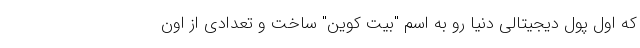
که اول پول دیجیتالی دنیا رو به اسم "بیت کوین" ساخت و تعدادی از اون